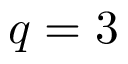
q = 3